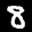
Label: 8